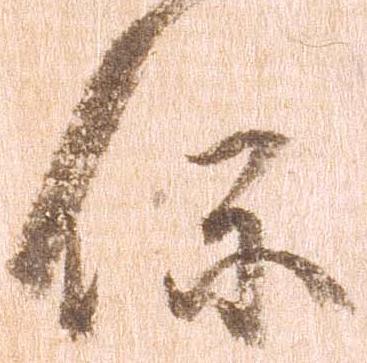
保